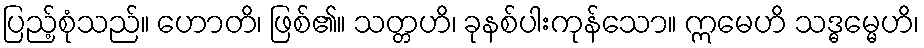
ပြည့်စုံသည်။ ဟောတိ၊ ဖြစ်၏။ သတ္တဟိ၊ ခုနစ်ပါးကုန်သော။ ဣမေဟိ သဒ္ဓမ္မေဟိ၊